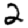
Digit: 2